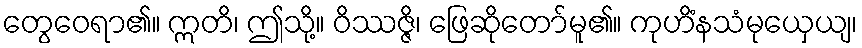
တွေဝေရာ၏။ ဣတိ၊ ဤသို့။ ဝိဿဇ္ဇိ၊ ဖြေဆိုတော်မူ၏။ ကုဟိံနသံမုယှေယျ၊